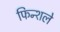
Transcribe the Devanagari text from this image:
फिन्शले